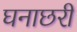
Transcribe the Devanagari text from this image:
घनाछरी